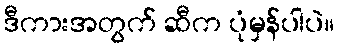
ဒီကားအတွက် ဆီက ပုံမှန်ပါပဲ။